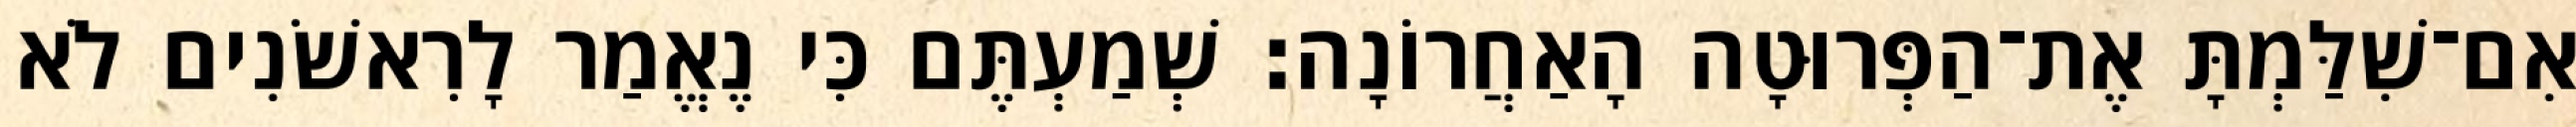
אִם־שִׁלַּמְתָּ אֶת־הַפְּרוּטָה הָאַחֲרוֹנָה׃ שְׁמַעְתֶּם כִּי נֶאֱמַר לָרִאשֹׁנִים לֹא